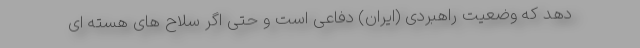
دهد که وضعیت راهبردی (ایران) دفاعی است و حتی اگر سلاح های هسته ای